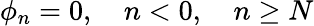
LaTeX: \phi_{n}=0,\quad n<0,\quad n\geq N